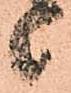
候